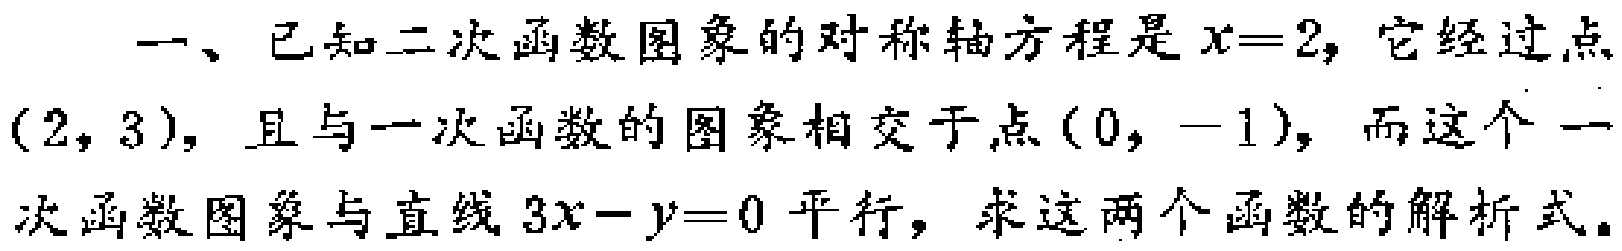
一、已知二次函数图象的对称轴方程是\(x = 2\)，它经过点\((2,3)\)，且与一次函数的图象相交于点\((0,-1)\)，而这个一次函数图象与直线\(3x - y = 0\)平行，求这两个函数的解析式。